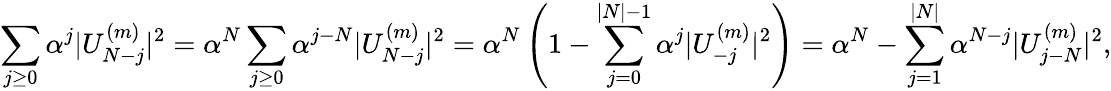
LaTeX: \sum_{j\ge 0}{\alpha^{j}|U_{N-j}^{(m)}|^{2}}=\alpha^{N}\sum_{j\ge 0}{\alpha^{j-N}|U_{N-j}^{(m)}|^{2}}=\alpha^{N}\left(1-\sum_{j=0}^{|N|-1}{\alpha^{j}|U_{-j}^{(m)}|^{2}}\right)=\alpha^{N}-\sum_{j=1}^{|N|}{\alpha^{N-j}|U_{j-N}^{(m)}|^{2}},